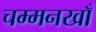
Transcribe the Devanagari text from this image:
चम्मनखाँ